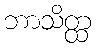
ဘာသိတ္ထ